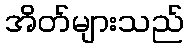
အိတ်များသည်